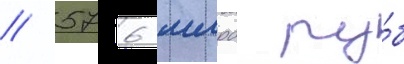
/ 576 млрд ру́б